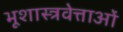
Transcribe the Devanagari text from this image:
भूशास्त्रवेत्ताओं